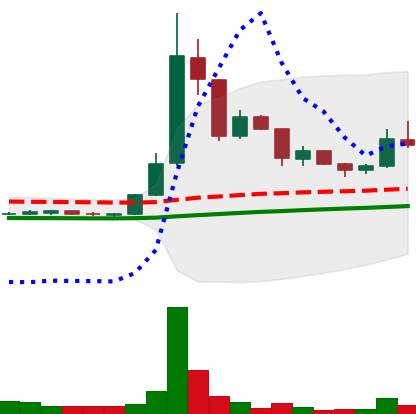
Ticker: DOGE-USD
Chart end date: 2020-07-19
Forward return: -4.79%
Label: down_3_5